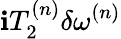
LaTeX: \mathbf{i}T_{2}^{(n)}\delta\omega^{(n)}